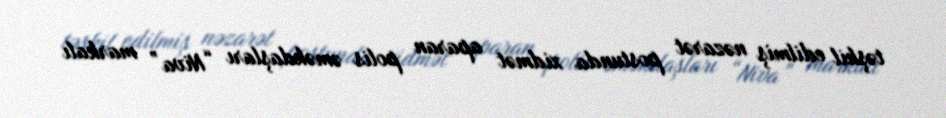
təşkil edilmiş nəzarət postunda xidmət aparan polis əməkdaşları “Niva” markalı